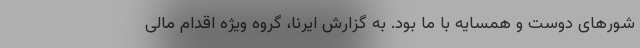
شورهای دوست و همسایه با ما بود. به گزارش ایرنا، گروه ویژه اقدام مالی